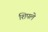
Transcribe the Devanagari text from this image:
शिपले